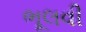
ભૂલવી